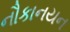
નૌકાનયન